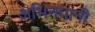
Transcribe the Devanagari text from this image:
अभिनयानी